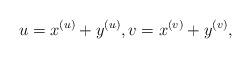
LaTeX: \begin{align*}u=x^{(u)}+y^{(u)}, v=x^{(v)}+y^{(v)},\end{align*}